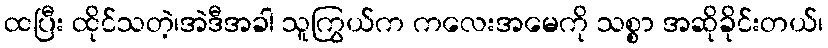
ထပြီး ထိုင်သတဲ့၊အဲဒီအခါ သူကြွယ်က ကလေးအမေကို သစ္စာ အဆိုခိုင်းတယ်၊